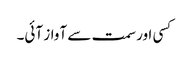
کسی اور سمت سے آواز آئی۔